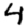
Digit: 4